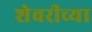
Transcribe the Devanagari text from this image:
शेवरीच्या